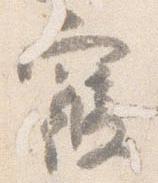
寝